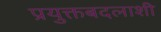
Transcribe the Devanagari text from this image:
प्रयुक्तबदलाशी